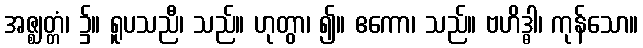
အဇ္ဈတ္တံ၊ ၌။ ရူပသညီ၊ သည်။ ဟုတွာ၊ ၍။ ဧကော၊ သည်။ ဗဟိဒ္ဓါ၊ ကုန်သော။